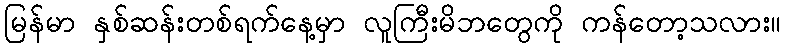
မြန်မာ နှစ်ဆန်းတစ်ရက်နေ့မှာ လူကြီးမိဘတွေကို ကန်တော့သလား။